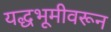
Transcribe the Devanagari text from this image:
यद्धभूमीवरून